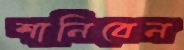
শানিবেন